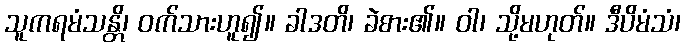
သူကရမံသန္တိ၊ ဝက်သားဟူ၍။ ခါဒတိ၊ ခဲစား၏။ ဝါ၊ သို့မဟုတ်။ ဒီပိမံသံ၊